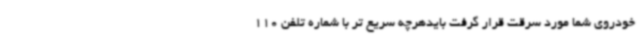
خودروی شما مورد سرقت قرار گرفت بایدهرچه سریع تر با شماره تلفن 110